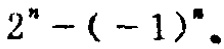
$2^{n}-(-1)^{n}。$